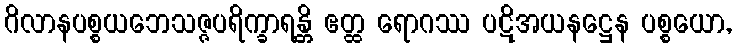
ဂိလာနပစ္စယဘေသဇ္ဇပရိက္ခာရန္တိ ဧတ္ထ ရောဂဿ ပဋိအယနဋ္ဌေန ပစ္စယော,